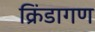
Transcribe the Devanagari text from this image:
क्रिंडागण